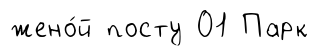
жено́й посту 01 Парк